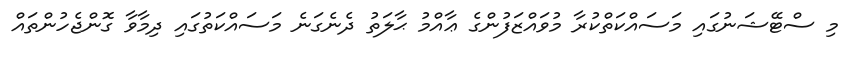
މި ސްޓޭޝަނުގައި މަސައްކަތްކުރާ މުވައްޒަފުންގެ ޢާއްމު ޙާލަތު ދެނެގަނެ މަސައްކަތުގައި ދިމާވާ ގޮންޖެހުންތައް